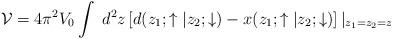
LaTeX: \begin{align*}{\cal V} = 4\pi^2 V_0 \int {{\ d^2 z }} \left[ d(z_1 ;\uparrow|z_2; \downarrow) - x(z_1;\uparrow | z_2; \downarrow) \right]|_{z_1 = z_2 =z}\end{align*}